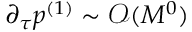
\partial _ { \tau } \ensuremath { p ^ { ( 1 ) } } \sim \ensuremath { \mathcal { O } ( M ^ { 0 } ) }